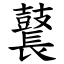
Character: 鼚